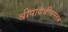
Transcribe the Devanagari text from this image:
श्रीपादश्रीवल्लभ